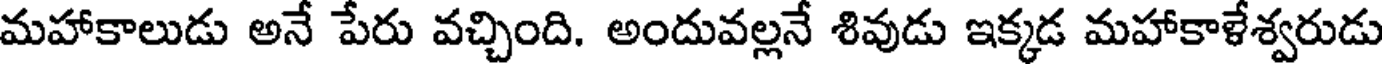
మహాకాలుడు అనే పేరు వచ్చింది. అందువల్లనే శివుడు ఇక్కడ మహాకాళేశ్వరుడు